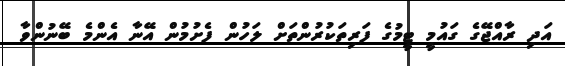
އަދި ރާއްޖޭގެ ގައުމީ ޓީމުގެ ފަރިތަކުރުންތަށް ލަހުން ފެށުމުން އޭނާ އެންމެ ބޭނުންވާ